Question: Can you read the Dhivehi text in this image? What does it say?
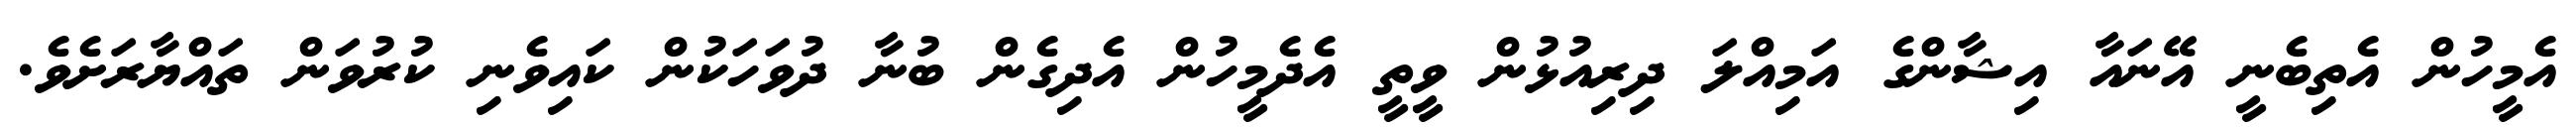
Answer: އެމީހުން އެތިބެނީ އޭނައާ އިޝާންގެ އަމިއްލަ ދިރިއުޅުން ވީތީ އެދެމީހުން އެދިގެން ބުނާ ދުވަހަކުން ކައިވެނި ކުރުވަން ތައްޔާރަށެވެ.